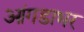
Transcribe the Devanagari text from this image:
आंगडाभर